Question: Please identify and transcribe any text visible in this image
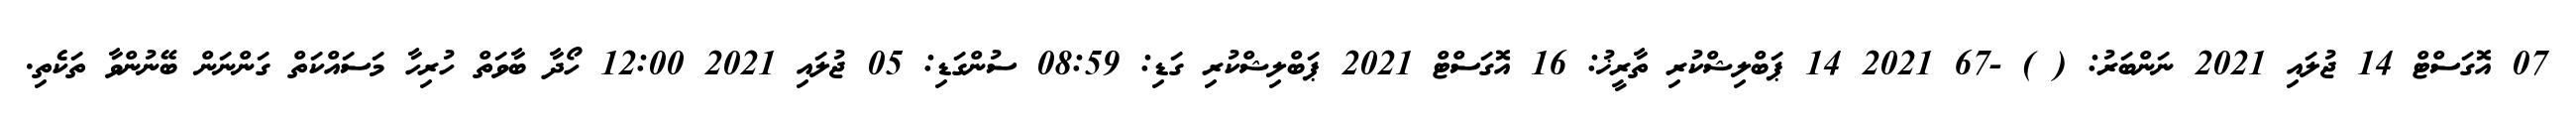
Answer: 07 އޮގަސްޓް 14 ޖުލައި 2021 ނަންބަރު: ( ) -67 2021 14 ޕަބްލިޝްކުރި ތާރީޚު: 16 އޮގަސްޓް 2021 ޕަބްލިޝްކުރި ގަޑި: 08:59 ސުންގަޑި: 05 ޖުލައި 2021 12:00 ހޯދާ ބާވަތް ހުރިހާ މަސައްކަތް ގަންނަން ބޭނުންވާ ތަކެތި.